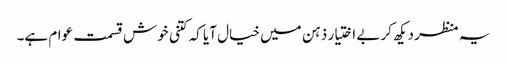
یہ منظر دیکھ کر بے اختیار ذہن میں خیال آیا کہ کتنی خوش قسمت عوام ہے۔